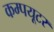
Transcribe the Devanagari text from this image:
कम्पयूटर